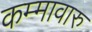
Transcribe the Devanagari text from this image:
कम्मावारु